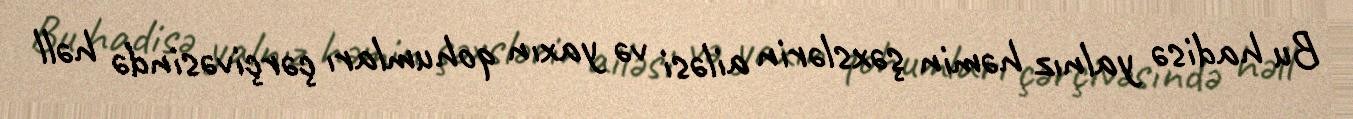
Bu hadisə yalnız həmin şəxslərin ailəsi və yaxın qohumları çərçivəsində həll